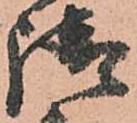
請